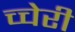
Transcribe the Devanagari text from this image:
च्चेरी